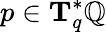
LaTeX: p\in\mathbf{T}_{q}^{*}\mathbb{Q}